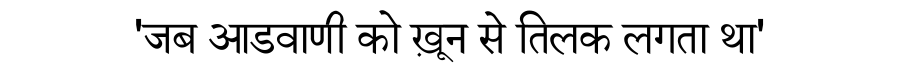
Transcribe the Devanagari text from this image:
'जब आडवाणी को ख़ून से तिलक लगता था'